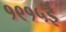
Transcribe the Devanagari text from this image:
१९१५ई